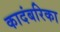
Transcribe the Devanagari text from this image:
कादंबरिका